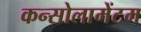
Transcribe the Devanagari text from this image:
कन्सोलामेंटम